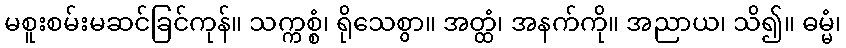
မစူးစမ်းမဆင်ခြင်ကုန်။ သက္ကစ္စံ၊ ရိုသေစွာ။ အတ္ထံ၊ အနက်ကို။ အညာယ၊ သိ၍။ ဓမ္မံ၊